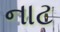
નાટ